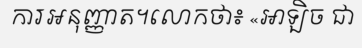
ការអនុញ្ញាត។លោកថា៖ «អាឡិច ជា